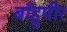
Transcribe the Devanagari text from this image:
बाँहुपीर